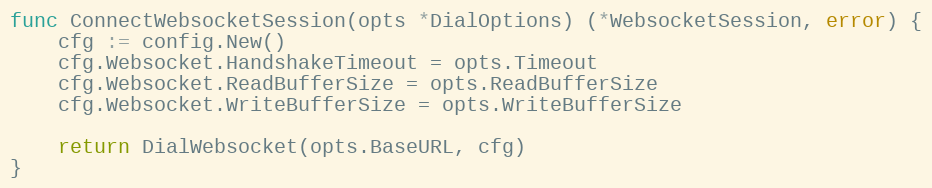
Language: Go
func ConnectWebsocketSession(opts *DialOptions) (*WebsocketSession, error) {
	cfg := config.New()
	cfg.Websocket.HandshakeTimeout = opts.Timeout
	cfg.Websocket.ReadBufferSize = opts.ReadBufferSize
	cfg.Websocket.WriteBufferSize = opts.WriteBufferSize

	return DialWebsocket(opts.BaseURL, cfg)
}